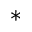
*